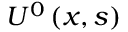
U ^ { 0 } \left( x , s \right)